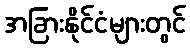
အခြားနိုင်ငံများတွင်